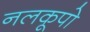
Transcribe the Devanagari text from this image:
नलकूपो